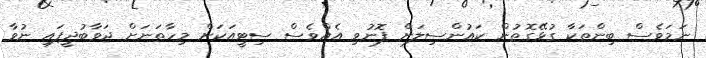
ނަމަވެސް ބިންތަކާ ގުޅޭގޮތުން ކައުންސިލަށް ފޮނުވި އެއްވެސް ސިޓީއަކަށް މިހާތަނަށް ޖަވާބުދީފައި ނުވާ